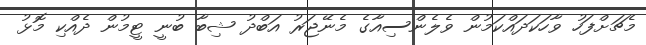
މެޗަށްފަހު ވާހަކަދައްކަމުން ވެލެންސިއާގެ މެނޭޖަރު އަބްދު ޝިބާ ބުނީ ޓީމުން ދެއްކި މޮޅު